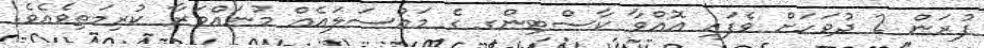
ފުރަން 2 ދުވަހަށް ވެފައި އޮއްވާ ކާސްޓިންގ ގެ މައްސަލައެއް މުނައްވަރާ ކުރިމަތިވެއެވެ.